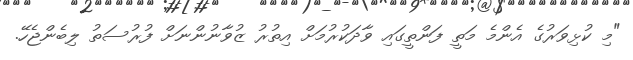
"މި ކުޅިވަރުގެ އެންމެ މަތީ ފަންތީގައި ވާދަކުރުމަށް އިތުރު ޒުވާނުންނަށް ފުރުސަތު ލިބެންޖެހޭ.